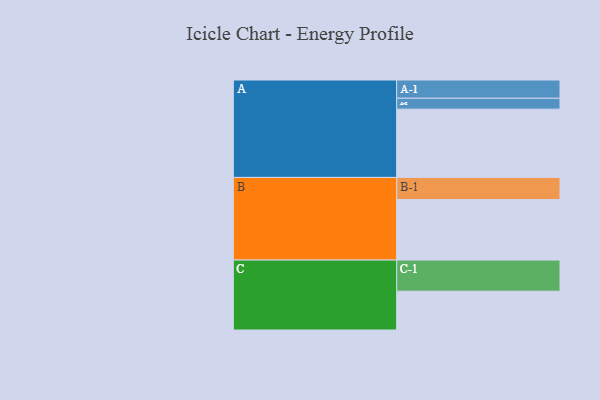
{"axis": {"x": "Segment", "y": "Value"}, "legend": ["", "A", "B", "C"], "data": [{"x": "A", "y": 546, "type": ""}, {"x": "B", "y": 484, "type": ""}, {"x": "C", "y": 310, "type": ""}, {"x": "A-1", "y": 146, "type": "A"}, {"x": "A-2", "y": 87, "type": "A"}, {"x": "B-1", "y": 177, "type": "B"}, {"x": "C-1", "y": 249, "type": "C"}]}